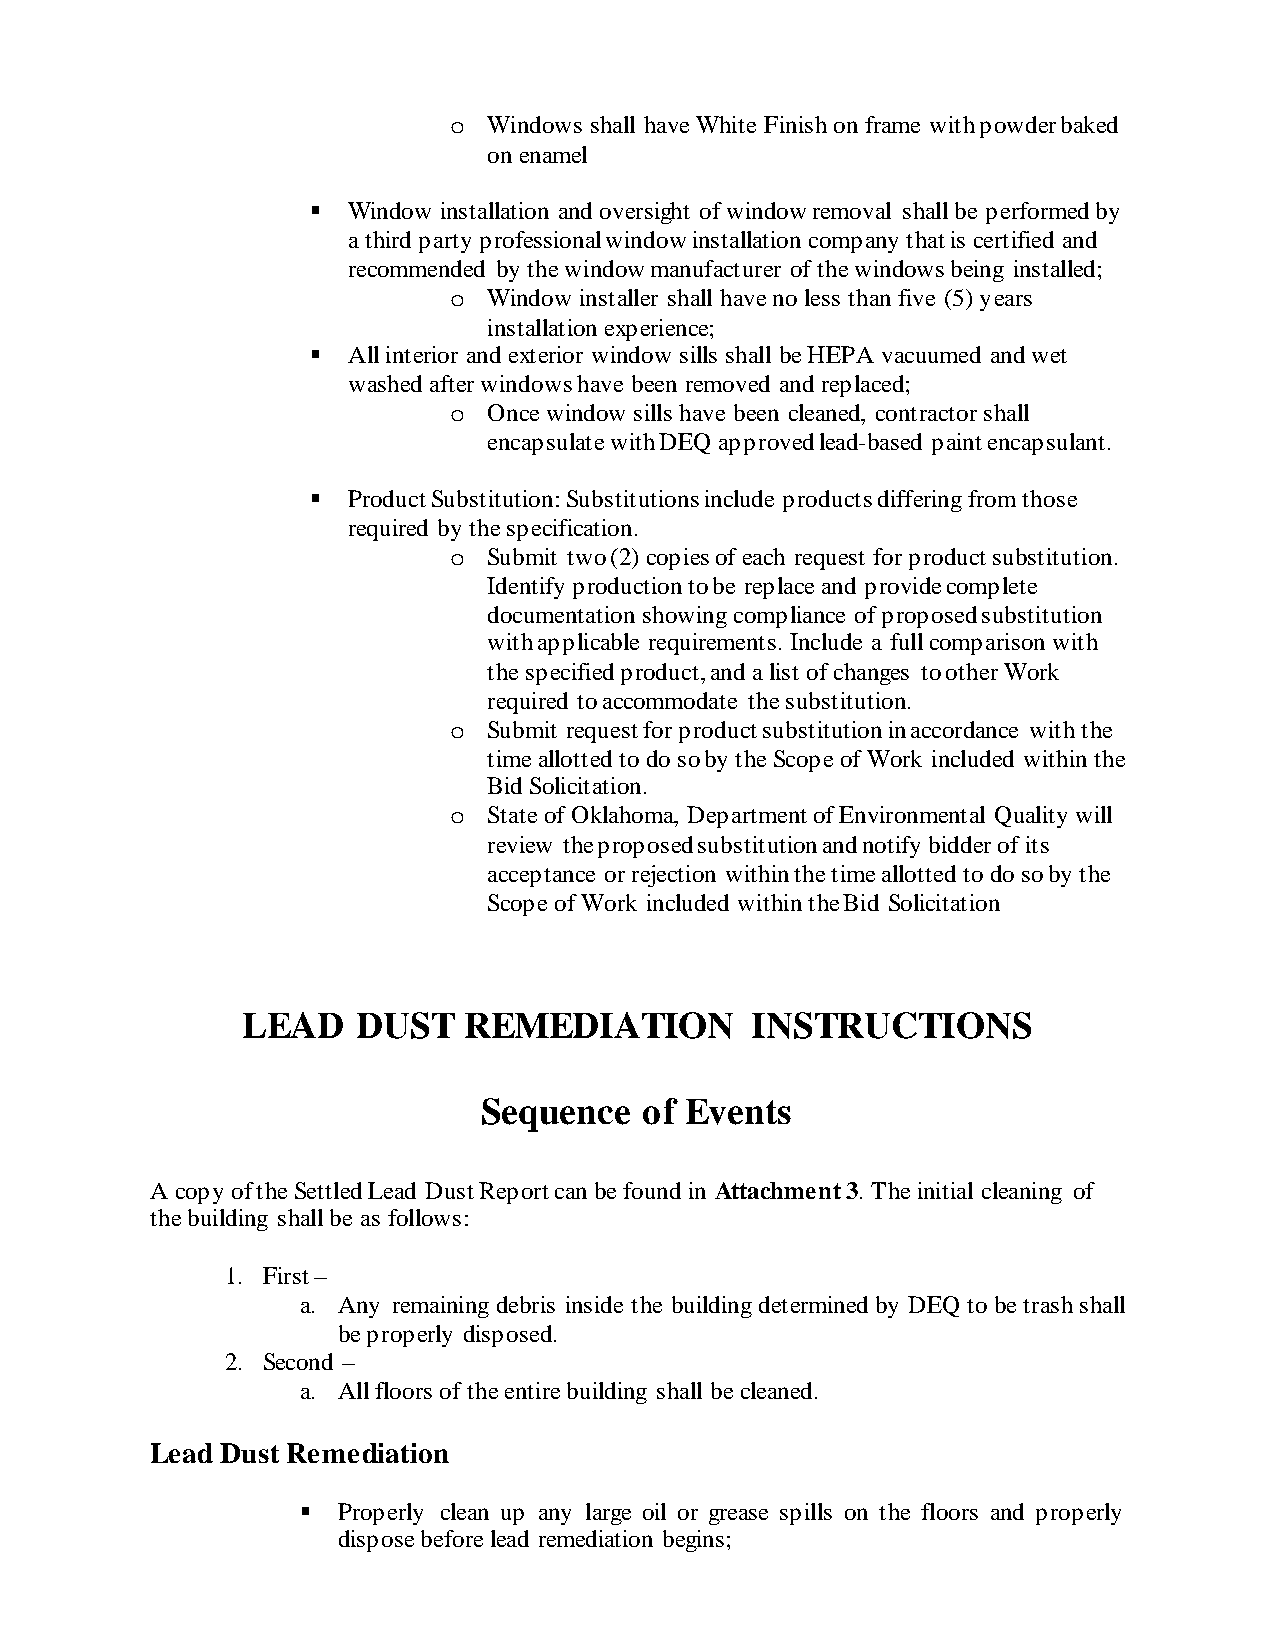
o Windows shall have White Finish on frame with powder baked
 on enamel
  Window installation and oversight of window removal shall be performed by
 a third party professional window installation company that is certified and
 recommended by the window manufacturer of the windows being installed;
 o Window installer shall have no less than five (5) years
 installation experience;
  All interior and exterior window sills shall be HEPA vacuumed and wet
 washed after windows have been removed and replaced;
 o Once window sills have been cleaned, contractor shall
 encapsulate with DEQ approved lead-based paint encapsulant.
  Product Substitution: Substitutions include products differing from those
 required by the specification.
 o Submit two (2) copies of each request for product substitution.
 Identify production to be replace and provide complete
 documentation showing compliance of proposed substitution
 with applicable requirements. Include a full comparison with
 the specified product, and a list of changes to other Work
 required to accommodate the substitution.
 o Submit request for product substitution in accordance with the
 time allotted to do so by the Scope of Work included within the
 Bid Solicitation.
 o State of Oklahoma, Department of Environmental Quality will
 review the proposed substitution and notify bidder of its
 acceptance or rejection within the time allotted to do so by the
 Scope of Work included within the Bid Solicitation
 LEAD    DUST   REMEDIATION        INSTRUCTIONS
 Sequence  of Events
 A copy of the Settled Lead Dust Report can be found in Attachment 3. The initial cleaning of
 the building shall be as follows:
 1. First –
 a. Any remaining debris inside the building determined by DEQ to be trash shall
 be properly disposed.
 2. Second –
 a. All floors of the entire building shall be cleaned.
 Lead Dust Remediation
  Properly clean up any large oil or grease spills on the floors and properly
 dispose before lead remediation begins;